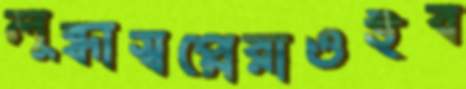
লুব্ধাস্বপ্নেরাওইব